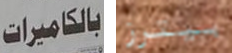
بالكاميرات بيترز